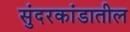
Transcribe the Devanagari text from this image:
सुंदरकांडातील